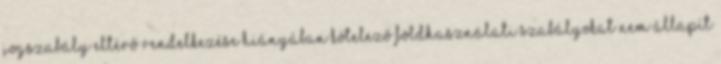
jogszabály eltérő rendelkezése hiányában kötelező földhasználati szabályokat nem állapít